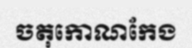
ចតុកោណកែង